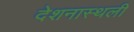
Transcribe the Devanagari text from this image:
देशनास्थली